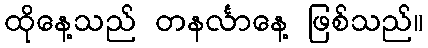
ထိုနေ့သည် တနင်္လာနေ့ ဖြစ်သည်။